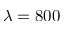
\lambda = 8 0 0